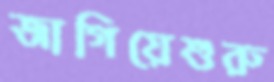
জাগিয়েশুরু